Etiology and epidemiology of plague
Disease focus: Plague
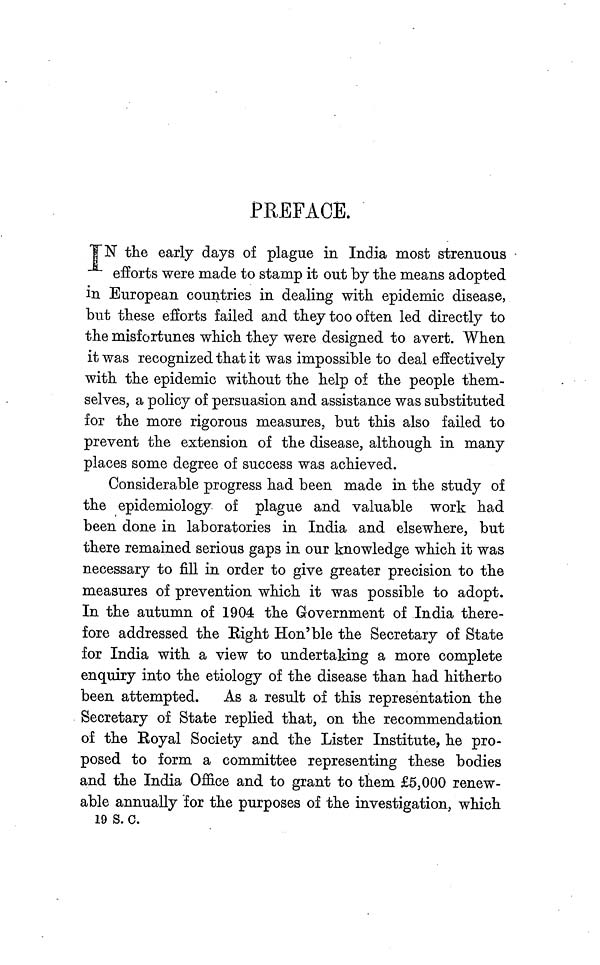
PREFACE.
IN the early days of plague in India most strenuous
efforts were made to stamp it out by the means adopted
in European countries in dealing with epidemic disease,
but these efforts failed and they too often led directly to
the misfortunes which they were designed to avert. When
it was recognized that it was impossible to deal effectively
with the epidemic without the help of the people them-
selves, a policy of persuasion and assistance was substituted
for the more rigorous measures, but this also failed to
prevent the extension of the disease, although in many
places some degree of success was achieved.
Considerable progress had been made in the study of
the epidemiology of plague and valuable work had
been done in laboratories in India and elsewhere, but
there remained serious gaps in our knowledge which it was
necessary to fill in order to give greater precision to the
measures of prevention which it was possible to adopt.
In the autumn of 1904 the Government of India there-
fore addressed the Right Hon'ble the Secretary of State
for India with a view to undertaking a more complete
enquiry into the etiology of the disease than had hitherto
been attempted. As a result of this representation the
Secretary of State replied that, on the recommendation
of the Royal Society and the Lister Institute, he pro-
posed to form a committee representing these bodies
and the India Office and to grant to them £5,000 renew-
able annually for the purposes of the investigation, which
19 S. c.